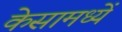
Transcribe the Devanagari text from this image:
केसामध्यें